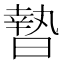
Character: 𣊓